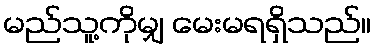
မည်သူ့ကိုမျှ မေးမရရှိသည်။